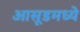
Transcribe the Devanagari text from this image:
आसूडमध्ये